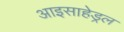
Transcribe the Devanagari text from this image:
आइसाहेड्रल